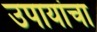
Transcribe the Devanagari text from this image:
उपायांचा